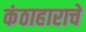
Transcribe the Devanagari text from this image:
कंठाहाराचे